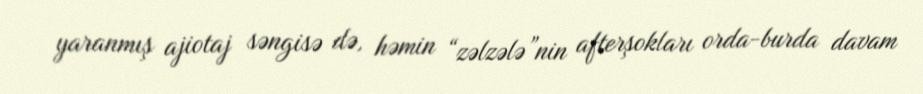
yaranmış ajiotaj səngisə də, həmin “zəlzələ”nin afterşokları orda-burda davam